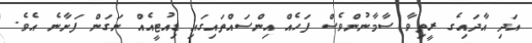
އަދި އާދައިގެ ރީތިވާ ސާމާނުންވެސް ފަހެއް އިންސައްތައިގައި ޑިއުޓީއެއް ނަގަން ފަށާނެ އެވެ.